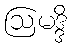
ဩမဒ္ဒိ